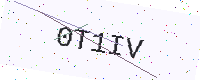
Text: 0T1IV